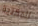
للمكتبة